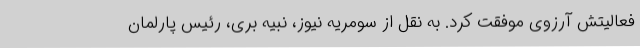
فعالیتش آرزوی موفقت کرد. به نقل از سومریه نیوز، نبیه بری، رئیس پارلمان